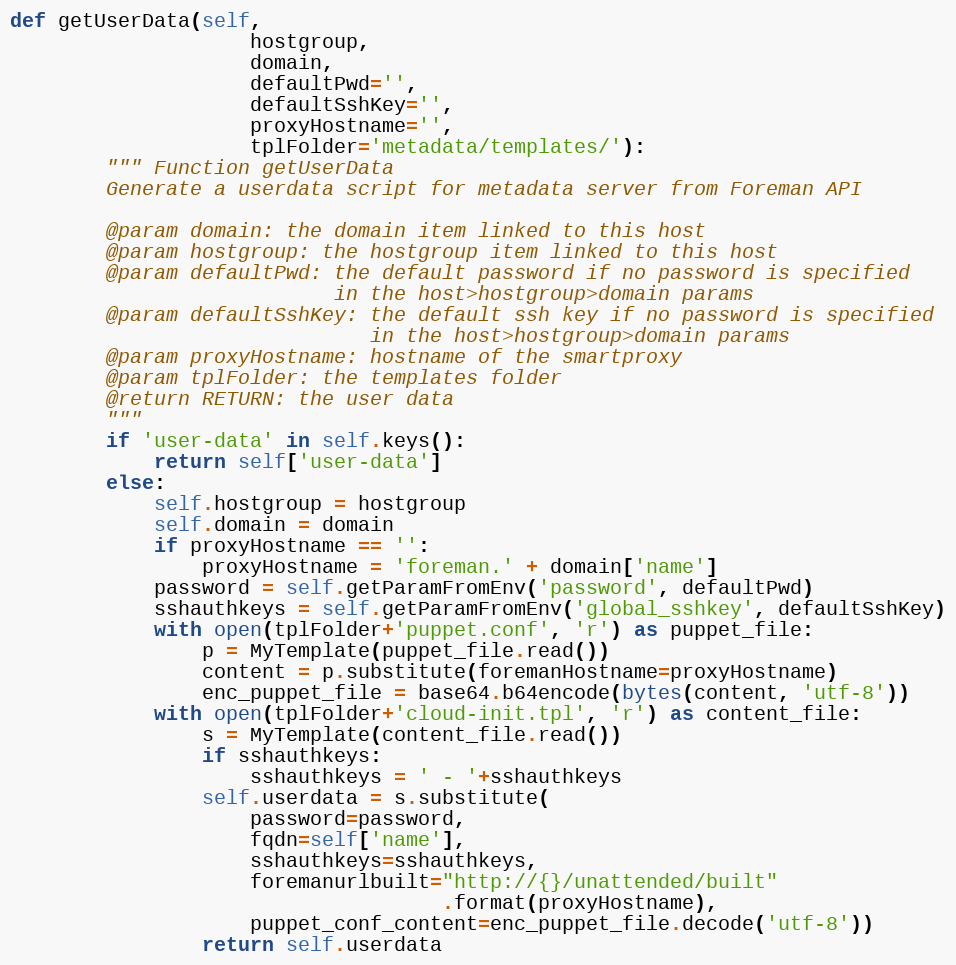
Language: Python
def getUserData(self,
                    hostgroup,
                    domain,
                    defaultPwd='',
                    defaultSshKey='',
                    proxyHostname='',
                    tplFolder='metadata/templates/'):
        """ Function getUserData
        Generate a userdata script for metadata server from Foreman API

        @param domain: the domain item linked to this host
        @param hostgroup: the hostgroup item linked to this host
        @param defaultPwd: the default password if no password is specified
                           in the host>hostgroup>domain params
        @param defaultSshKey: the default ssh key if no password is specified
                              in the host>hostgroup>domain params
        @param proxyHostname: hostname of the smartproxy
        @param tplFolder: the templates folder
        @return RETURN: the user data
        """
        if 'user-data' in self.keys():
            return self['user-data']
        else:
            self.hostgroup = hostgroup
            self.domain = domain
            if proxyHostname == '':
                proxyHostname = 'foreman.' + domain['name']
            password = self.getParamFromEnv('password', defaultPwd)
            sshauthkeys = self.getParamFromEnv('global_sshkey', defaultSshKey)
            with open(tplFolder+'puppet.conf', 'r') as puppet_file:
                p = MyTemplate(puppet_file.read())
                content = p.substitute(foremanHostname=proxyHostname)
                enc_puppet_file = base64.b64encode(bytes(content, 'utf-8'))
            with open(tplFolder+'cloud-init.tpl', 'r') as content_file:
                s = MyTemplate(content_file.read())
                if sshauthkeys:
                    sshauthkeys = ' - '+sshauthkeys
                self.userdata = s.substitute(
                    password=password,
                    fqdn=self['name'],
                    sshauthkeys=sshauthkeys,
                    foremanurlbuilt="http://{}/unattended/built"
                                    .format(proxyHostname),
                    puppet_conf_content=enc_puppet_file.decode('utf-8'))
                return self.userdata